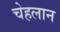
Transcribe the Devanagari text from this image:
चेहलान